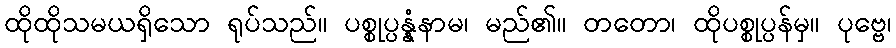
ထိုထိုသမယရှိသော ရုပ်သည်။ ပစ္စုပ္ပန္နံနာမ၊ မည်၏။ တတော၊ ထိုပစ္စုပ္ပန်မှ။ ပုဗ္ဗေ၊